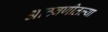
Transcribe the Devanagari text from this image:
आठवणीतल्या